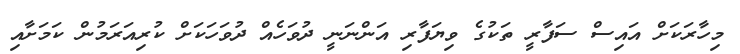
މިހާރަކަށް އައިސް ސަފާރީ ތަކުގެ ވިޔަފާރި އަންނަނީ ދުވަހެއް ދުވަހަކަށް ކުރިއަރަމުން ކަމަށާއި